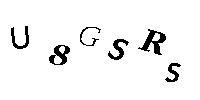
U8GSRS